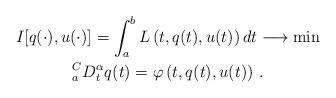
LaTeX: \begin{gather*} I[q(\cdot),u(\cdot)] = \int_a^bL\left(t,q(t),u(t)\right) dt\longrightarrow \min \\_a^CD_t^\alpha q(t)=\varphi\left(t,q(t),u(t)\right) \, . \end{gather*}